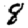
Digit: 8